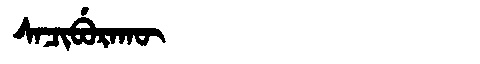
Manchu: ᠰᠠᠴᡳᠪᡠᡵᠠᡴᡡ
Romanization: SACIBURAKŪ